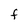
Character: f